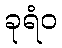
ခုရံဝ